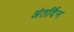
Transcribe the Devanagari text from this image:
अंतर्दिन